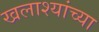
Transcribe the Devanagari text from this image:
खलाश्यांच्या